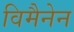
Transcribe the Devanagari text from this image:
विमैनेन